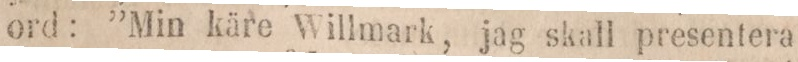
ord: ”Min käre Willmark, jag skall presentera